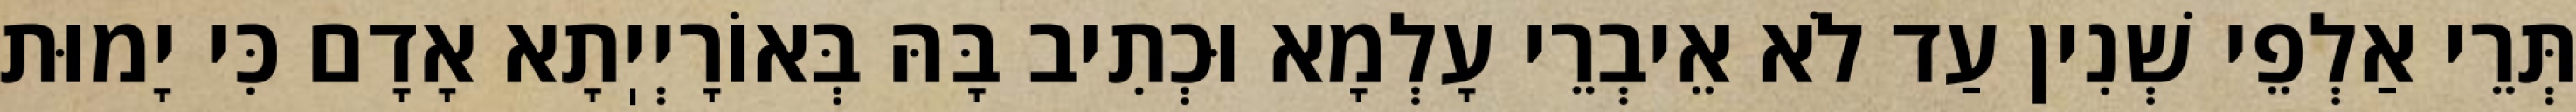
תְּרֵי אַלְפֵי שְׁנִין עַד לֹא אֵיבְרֵי עָלְמָא וּכְתִיב בָּהּ בְּאוֹרָיְיֽתָא אָדָם כִּי יָמוּת